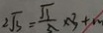
2 \sqrt { 3 } = \frac { \sqrt { 3 } } { 5 } \times 3 + m